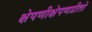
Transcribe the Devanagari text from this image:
क्षेपणीक्षेपणप्रीतो